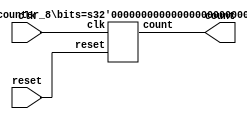
/* contador parametrizado do tutorial modificado para 16 bits e contando de 10 em 10 para trs */

`timescale 1ns / 1ns
module counter_16 (count, clk, reset);
	parameter bits = 16;
	
	input clk, reset;
	output [bits-1:0] count;
	
	counter_8 contador (count, clk, reset);
		defparam contador.bits = bits;
endmodule


module counter_8 (count, clk, reset);
	parameter bits = 8;
	output [bits-1:0] count;
	input clk, reset;

	reg [bits-1:0] count;
	parameter tpd_reset_to_count = 3;
	parameter tpd_clk_to_count   = 2;

	function [bits-1:0] increment;
		input [bits-1:0] val;
		reg [3:0] i;
		reg carry;
		begin
			increment = val;
			carry = 1'b1;
    /* 
     * Exit this loop when carry == zero, OR all bits processed 
     */ 
			for (i = 4'b0; ((carry == 4'b1) && (i <= 7));  i = i+ 4'b1)
			begin
				increment[i] = val[i] ^ carry;
				carry = val[i] & carry;
			end
		end       
	endfunction

always @ (posedge clk or posedge reset)
  if (reset)
     count = 8'd0;
  else
     count <= count - 8'd10;

endmodule